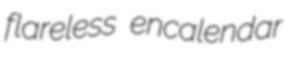
flareless encalendar